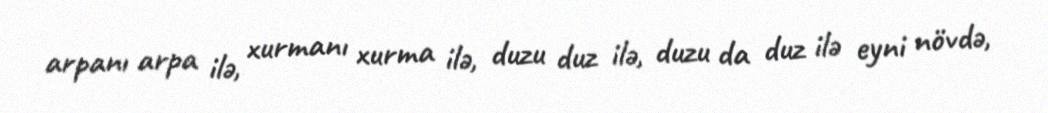
arpanı arpa ilə, xurmanı xurma ilə, duzu duz ilə, duzu da duz ilə eyni növdə,